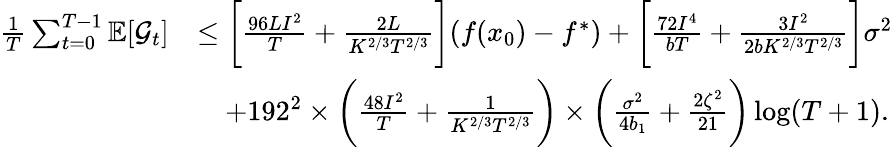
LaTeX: \begin{array}{rl}{\frac{1}{T}\sum_{t=0}^{T-1}\mathbb{E}[\mathcal{G}_{t}]}&{\leq\bigg[\frac{96LI^{2}}{T}+\frac{2L}{K^{2/3}T^{2/3}}\bigg](f(x_{0})-f^{\ast})+\bigg[\frac{72I^{4}}{bT}+\frac{3I^{2}}{2bK^{2/3}T^{2/3}}\bigg]\sigma^{2}}\\ &{\quad+192^{2}\times\bigg(\frac{48I^{2}}{T}+\frac{1}{K^{2/3}T^{2/3}}\bigg)\times\bigg(\frac{\sigma^{2}}{4b_{1}}+\frac{2\zeta^{2}}{21}\bigg)\log(T+1).}\end{array}